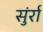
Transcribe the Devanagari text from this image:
सुंर्रा